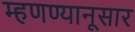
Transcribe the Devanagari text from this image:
म्हणण्यानूसार